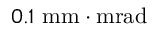
0 . 1 \ \mathrm { m m \cdot m r a d }